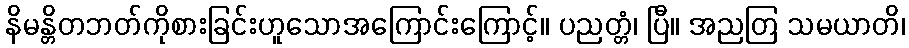
နိမန္တိတဘတ်ကိုစားခြင်းဟူသောအကြောင်းကြောင့်။ ပညတ္တံ၊ ပြီ။ အညတြ သမယာတိ၊